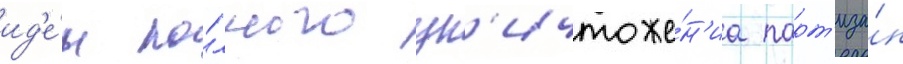
ид'е́и по́лного ун'ичтоже́н'иа парт'иза́н